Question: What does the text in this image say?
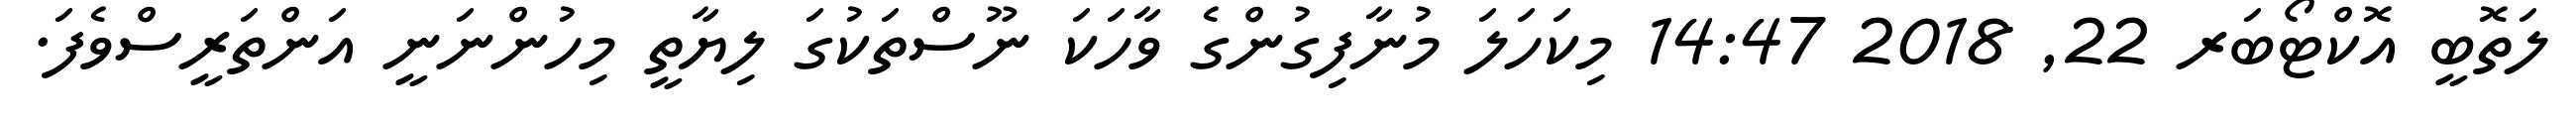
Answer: ލަތޮބީ އޮކްޓޯބަރ 22, 2018 14:47 މިކަހަލަ މުނާފިގުންގެ ވާހަކަ ނޫސްތަކުގަ ލިޔާތީ މިހުންނަނީ އަންތަރީސްވެފަ.